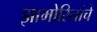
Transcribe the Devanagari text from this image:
झामोरिनांचे